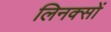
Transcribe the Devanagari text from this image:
लिनक्सों